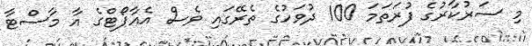
މި ސަރުކާރުގެ ފުރަތަމަ 100 ދުވަހުގެ ތެރޭގައި ވެސް އެއާޕޯޓްގެ އާ މާސްޓާ